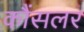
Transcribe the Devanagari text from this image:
कौंसलर